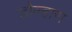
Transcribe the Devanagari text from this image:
डोल्हारा